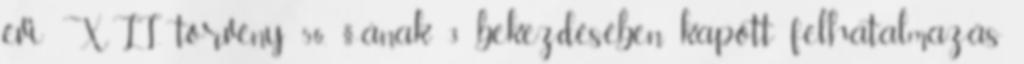
évi XLI. törvény 56. §-ának 3 bekezdésében kapott felhatalmazás